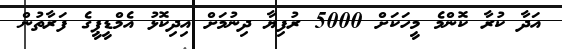
އަދާ ކުރާ ކޮންމެ މީހަކަށް 5000 ރުފިޔާ ދިނުމަށް އިދިކޮޅު އެމްޑީޕީގެ ފަރާތުން